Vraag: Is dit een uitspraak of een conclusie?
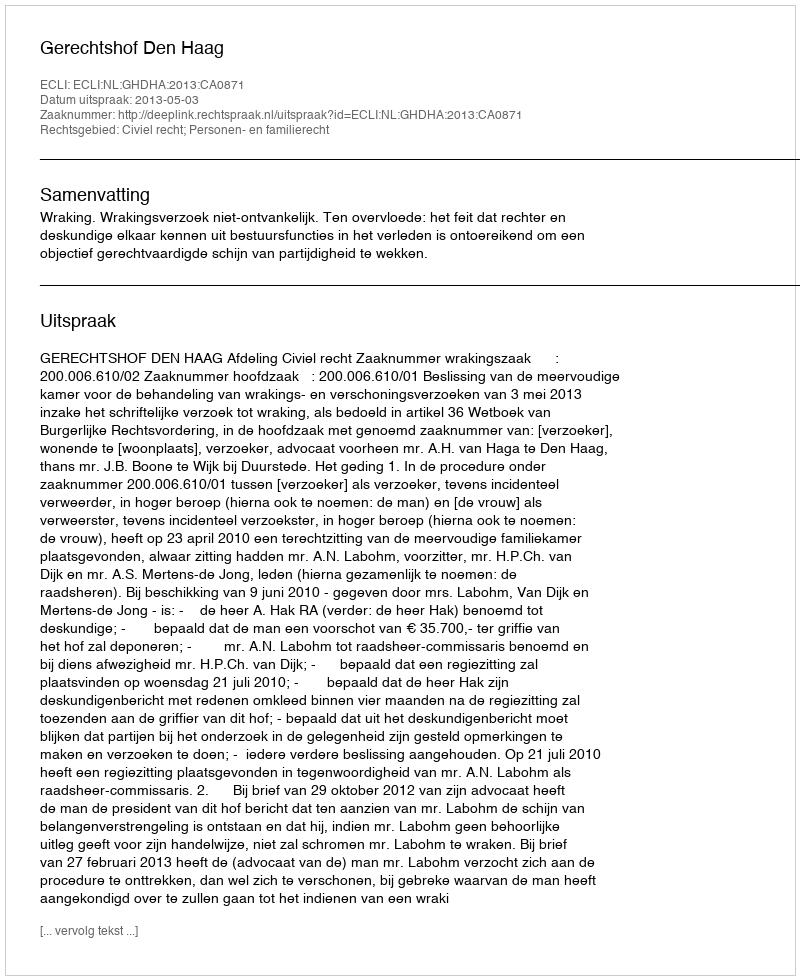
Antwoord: Uitspraak